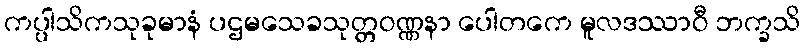
ကပ္ပါသိကသုခုမာနံ ပဌမသေခသုတ္တဝဏ္ဏနာ ပေါတကေ မူလဒဿာဝီ ဘက္ခသိ